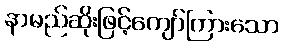
နာမည်ဆိုးဖြင့်ကျော်ကြားသော